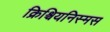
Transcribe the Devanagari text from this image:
क्रिश्चियनिस्मस